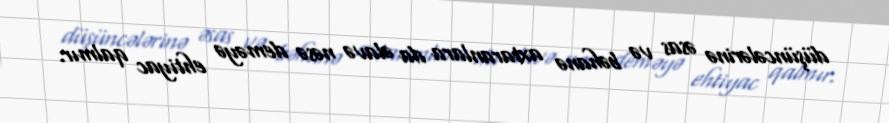
düşüncələrinə əsas və bəhanə axtaranlara da əlavə nəsə deməyə ehtiyac qalmır.